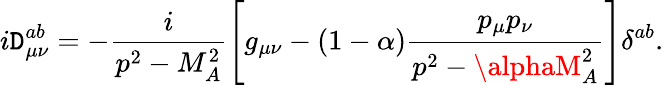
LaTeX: i\mathtt{D}_{\mu\nu}^{ab}=-\frac{i}{{p^{2}-M_{A}^{2}}}\left[g_{\mu\nu}-(1-\alpha)\frac{{p_{\mu}p_{\nu}}}{{p^{2}-\alphaM_{A}^{2}}}\right]\delta^{ab}.